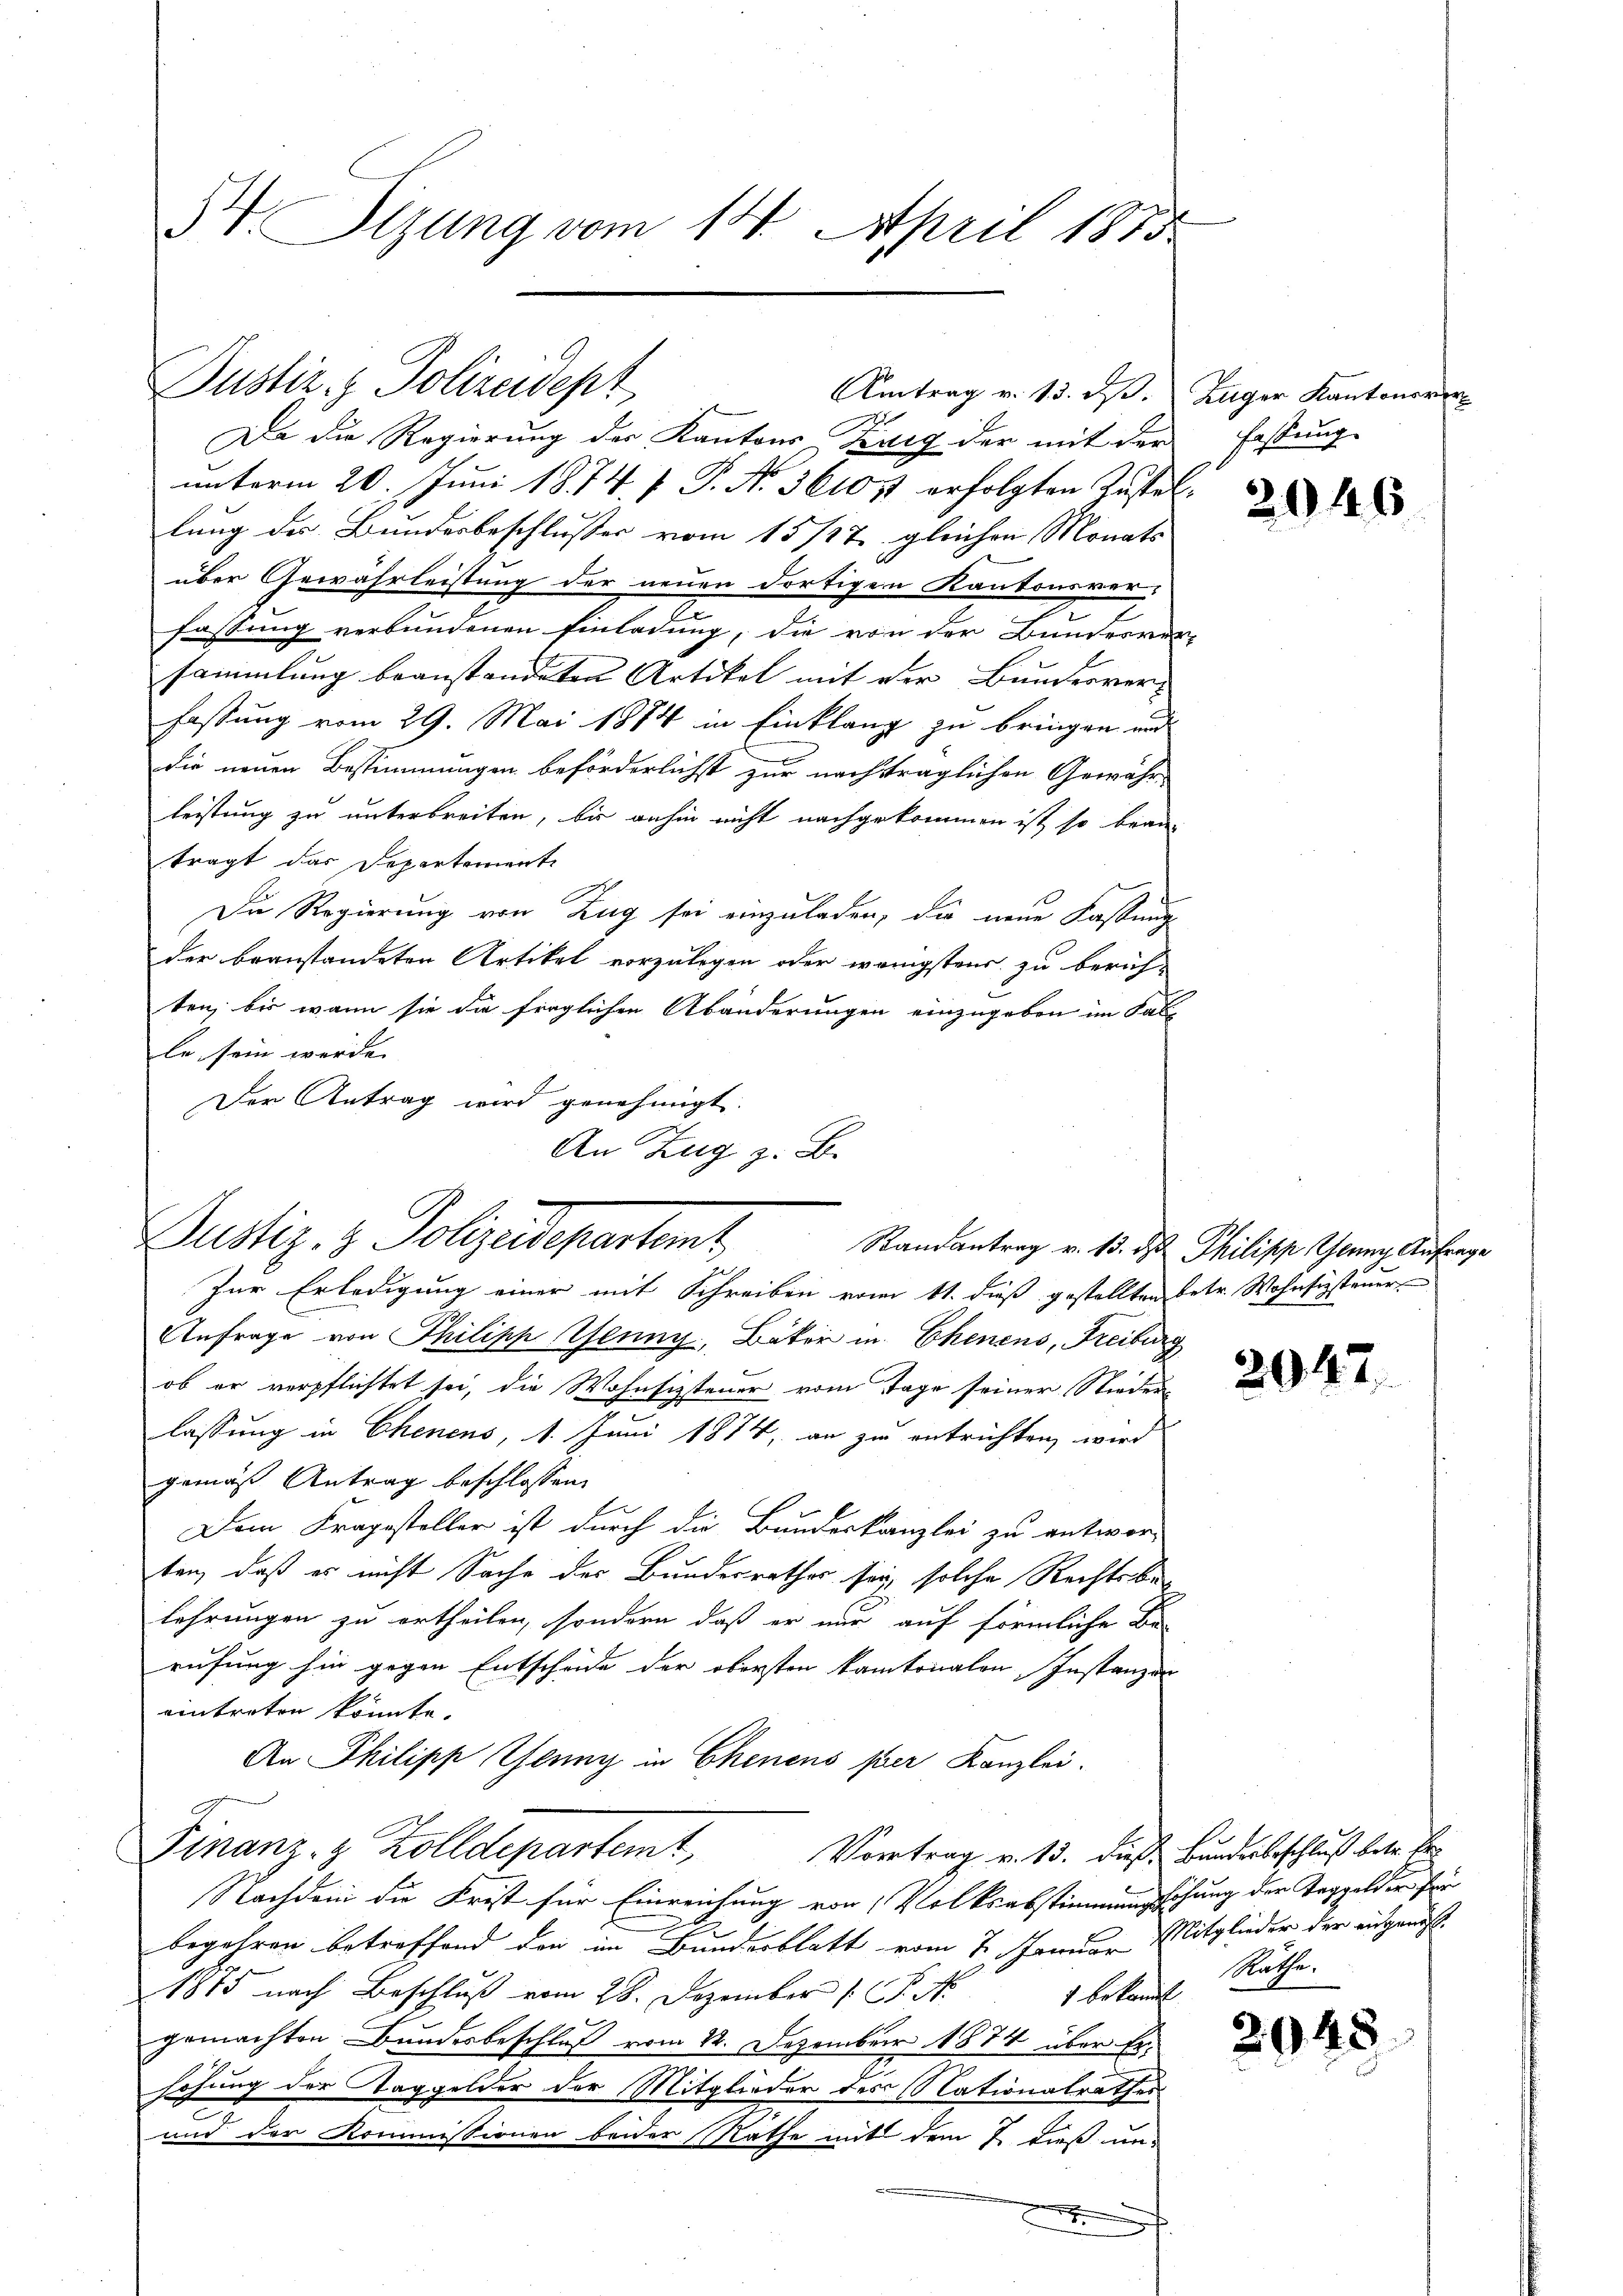
IV. Sizung vom 14. April 1875.

Dustiz- & Polizeidept

Da die Regierung der Kantons Zug der mit der
unterm 20. Juni 1874 f. P. Nr. 3610 f erfolgten Zustellung des Bundesbeschlusser vom 15/27. gleichen Monats
über Gewährleistung der neuen dortigen Kantonsver-
fassung verbundenen Einladung, die von der Bundesver-
sammlung beanstandeten Artikel mit der Bundesverfassung vom 29. Mai 1874 in Einklang zu bringen und
die neuen Bestimmungen beförderlichst zur nachträglichen Gewähr-
leistung zu unterbreiten, bis anhin nicht nachgekommen ist, so brauträgt das Departemente
Die Regierung von Zug sei einzuladen, die neue Fassung
der beanstandeten Artikel vorzulegen oder wenigstens zu berich-
ten, bis wann sie die fraglichen Abänderungen einzugeben im Fall
le sein werde. |
Der Antrag wird genehmigt.
An Zug z. B.

Amtrag v. 13. d. Kuger Kantonsver-

Bustiz- & Polizeidepartamt

Zur Erledigung einer mit Schreiben vom 11. dieß gestellten betr. Wohnsizsteuer
Anfrage von Philipp Teung, Bäker in Chenens, Freiburg
ob er verpflichtet sei, die Wohnfizsteuer vom Tage seiner Niederlassung in Chenens, 1. Juni 1874, an zu entrichten, wird
gemäß Antrag beschlossen:
Dem Kragesteller ist durch die Bundeskanzlei zu entwor-
ten, daß es nicht Sache des Bundesrathes sei solche Rechtsber
lehrungen zu ertheilen, sondern daß er nur auf förmliche Berufung hin gegen Entscheide der obersten kantonalen Instanzen
eintreten könnte.
An Philipp Tenny in Chenens per Kanzlei.
Finanz- & Zolldepartemt,
Vortrag v. 13. dieß Bundesbeschluß betr. Er
Nachdem die Frist für Einreichung von Volksabstimmungehung der Taggelder für
u
begehren betreffend den im Bundesblatt vom 7. Januar Mitglieder der ausgenöß¬
1875 nach Beschluß vom 28. Dezember 1 S. N
 bekannt
gemachten Bundesbeschluß vom 22. Dezember 1874 über Erhöhung der Taggelder der Mitglieder des Nationalrathes
2
und der Kommissionen beider Rathe mit dem 7. dieß une
5
e
e

fassung.

2046

Randantrag v. 13. ds Philipp Glung Anfrage

2047

Möthe.

2945